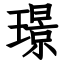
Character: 璟